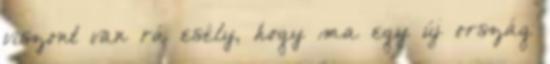
viszont van rá esély, hogy ma egy új ország